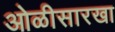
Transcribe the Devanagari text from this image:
ओळीसारखा